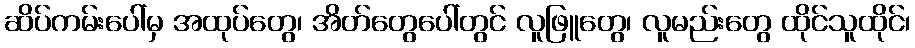
ဆိပ်ကမ်းပေါ်မှ အထုပ်တွေ၊ အိတ်တွေပေါ်တွင် လူဖြူတွေ၊ လူမည်းတွေ ထိုင်သူထိုင်၊